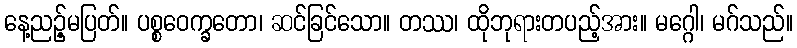
နေ့ညဉ့်မပြတ်။ ပစ္စဝေက္ခတော၊ ဆင်ခြင်သော။ တဿ၊ ထိုဘုရားတပည့်အား။ မဂ္ဂေါ၊ မဂ်သည်။